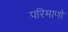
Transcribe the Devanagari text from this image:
परिमाणो